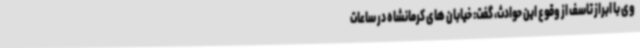
وی با ابراز تاسف از وقوع این حوادث، گفت: خیابان های کرمانشاه در ساعات